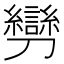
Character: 𠠪